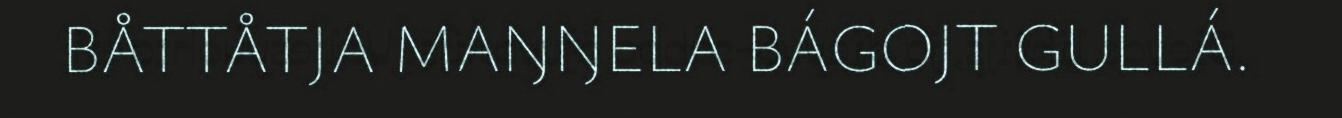
BÅTTÅTJA MAŊŊELA BÁGOJT GULLÁ.